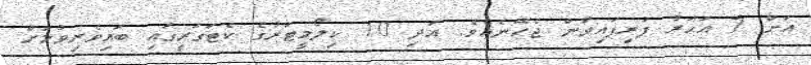
އަށް 7 އަހަރު ފުރިފައިވާން ޖެހޭނެއެވެ. އަދި 10 ކިލޯމީޓަރުގެ ކެޓަގަރީގައި ބައިވެރިވުމަށް